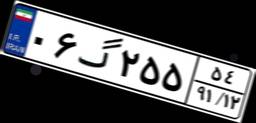
۰۶گ۲۵۵۵۴